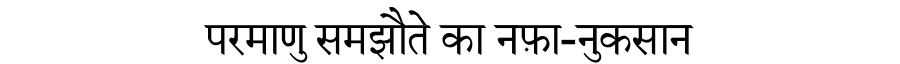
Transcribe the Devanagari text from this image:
परमाणु समझौते का नफ़ा-नुकसान